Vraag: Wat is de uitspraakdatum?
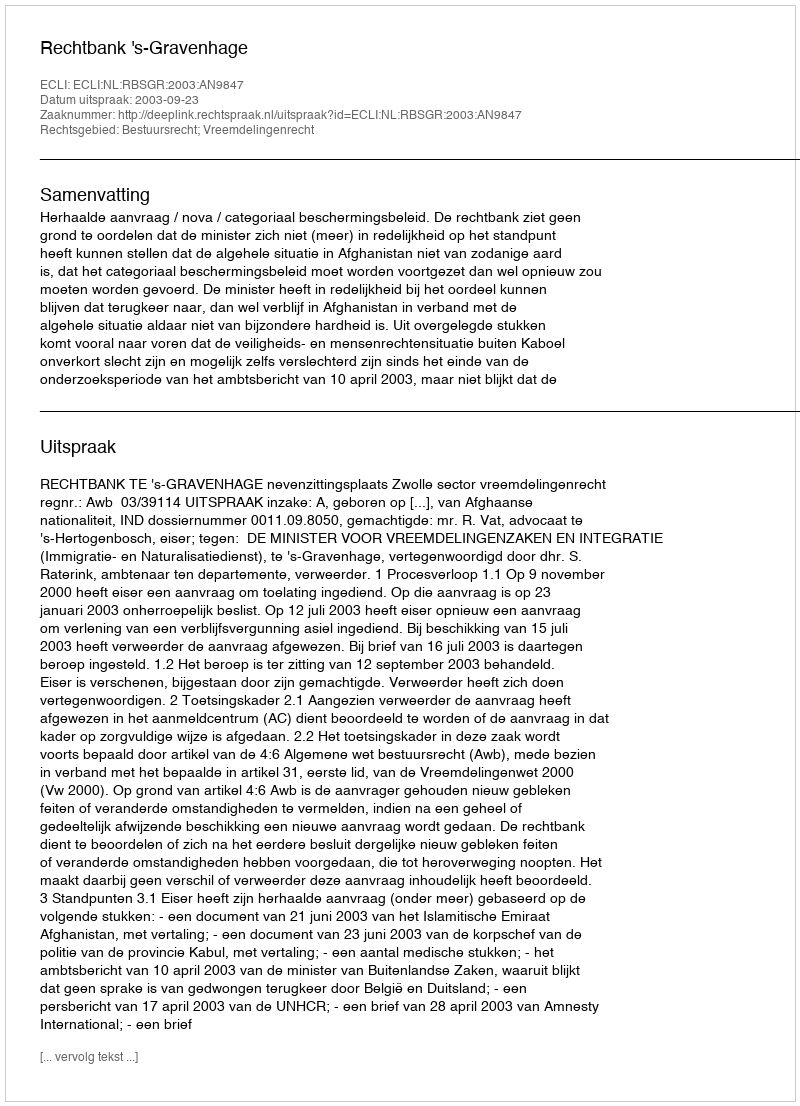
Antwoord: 2003-09-23